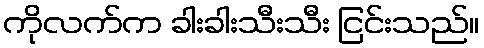
ကိုလက်က ခါးခါးသီးသီး ငြင်းသည်။